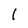
Character: l